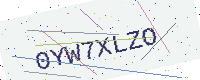
Text: 0YW7XLZO